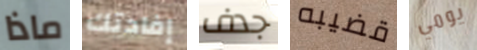
ماذا إفادتك جدف قضيبه يومي